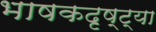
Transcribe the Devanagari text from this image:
भाषकदृष्ट्या